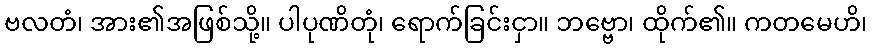
ဗလတံ၊ အား၏အဖြစ်သို့။ ပါပုဏိတုံ၊ ရောက်ခြင်းငှာ။ ဘဗ္ဗော၊ ထိုက်၏။ ကတမေဟိ၊